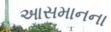
આસમાનના